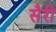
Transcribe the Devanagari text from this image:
सैरी